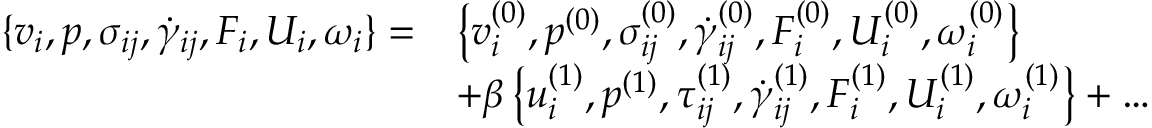
\begin{array} { r l } { { \{ v _ { i } , p , \sigma _ { i j } , \dot { \gamma } _ { i j } , F _ { i } , U _ { i } , \omega _ { i } \} } = } & { \left\{ v _ { i } ^ { ( 0 ) } , p ^ { ( 0 ) } , \sigma _ { i j } ^ { ( 0 ) } , \dot { \gamma } _ { i j } ^ { ( 0 ) } , F _ { i } ^ { ( 0 ) } , U _ { i } ^ { ( 0 ) } , \omega _ { i } ^ { ( 0 ) } \right\} } \\ & { + \beta \left\{ u _ { i } ^ { ( 1 ) } , p ^ { ( 1 ) } , \tau _ { i j } ^ { ( 1 ) } , \dot { \gamma } _ { i j } ^ { ( 1 ) } , F _ { i } ^ { ( 1 ) } , U _ { i } ^ { ( 1 ) } , \omega _ { i } ^ { ( 1 ) } \right\} + \ldots } \end{array}